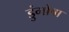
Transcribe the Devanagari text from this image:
डुंगोबा